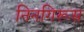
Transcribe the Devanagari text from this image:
निनगिरूस